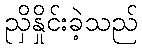
ညှိနှိုင်းခဲ့သည်